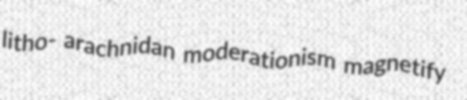
litho- arachnidan moderationism magnetify